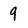
Character: 9